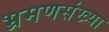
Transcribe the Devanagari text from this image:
भ्रमणसंख्या